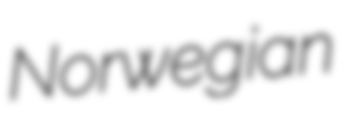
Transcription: Norwegian